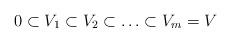
LaTeX: \begin{align*}0 \subset V_1 \subset V_2 \subset \ldots \subset V_m = V\end{align*}